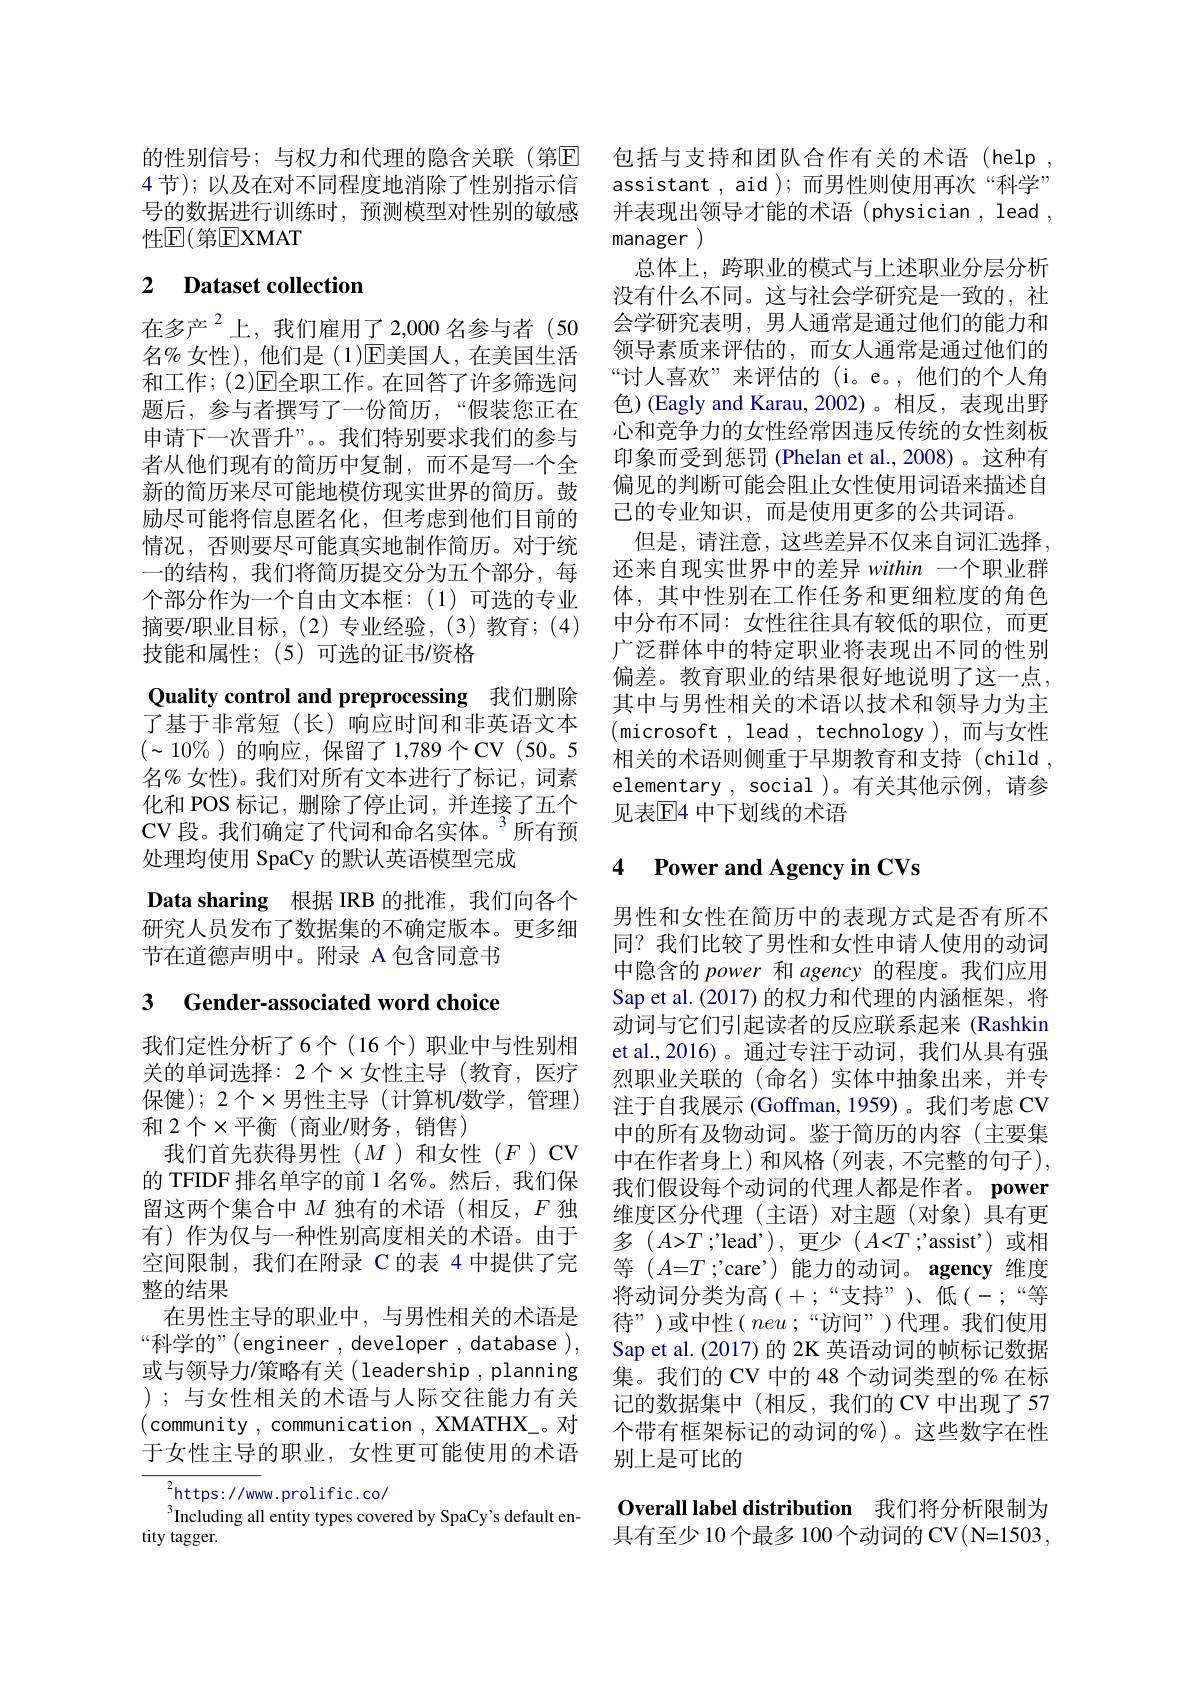
的性别信号；与权力和代理的隐含关联(第$\mathbb{E}$ 包括与支持和团队合作有关的术语(help , 4 节);以及在对不同程度地消除了性别指示信 assistant , aid );而男性则使用再次 “科学” 号的数据进行训练时，预测模型对性别的敏感 并表现出领导才能的术语(physician, lead , 性$\mathbb{E}($第EXMAT

# 2 Dataset collection

在多产$^{2}$上，我们雇用了2，000名参与者(50名% 女性),他们是(1)$\overline{\mathrm{E}}$美国人，在美国生活和工作；(2)E全职工作。在回答了许多筛选问题后，参与者撰写了一份简历，“假装您正在申请下一次晋升”。。我们特别要求我们的参与者从他们现有的简历中复制，而不是写一个全新的简历来尽可能地模仿现实世界的简历。鼓励尽可能将信息匿名化，但考虑到他们目前的情况，否则要尽可能真实地制作简历。对于统一的结构，我们将简历提交分为五个部分，每个部分作为一个自由文本框：(1)可选的专业摘要/职业目标，(2)专业经验，(3)教育；(4) 技能和属性；(5)可选的证书/资格
Quality control and preprocessing 我们删除了基于非常短(长)响应时间和非英语文本$(\sim10\%)$的响应，保留了 1,789个CV(50。5名% 女性)。我们对所有文本进行了标记，词素化和 POS 标记，删除了停止词，并连接了五个CV 段。我们确定了代词和命名实体。”所有预处理均使用 SpaCy 的默认英语模型完成
Data sharing 根据 IRB 的批准，我们向各个研究人员发布了数据集的不确定版本。更多细节在道德声明中。附录 A 包含同意书

# 3 Gender-associated word choice

我们定性分析了6个(16个)职业中与性别相关的单词选择：2 个$\times$女性主导(教育，医疗保健);2个$\times$男性主导(计算机/数学，管理) 和 2个$\times$平衡(商业/财务，销售)
我们首先获得男性($M$)和女性($F$)CV 的 TFIDF 排名单字的前 1 名%。然后，我们保留这两个集合中$M$独有的术语(相反，$F$独有)作为仅与一种性别高度相关的术语。由于空间限制，我们在附录 C 的表 4 中提供了完整的结果
在男性主导的职业中，与男性相关的术语是“科学的”(engineer, developer, database ), 或与领导力$\prime$策略有关(leadership,planning );与女性相关的术语与人际交往能力有关(community , communication , XMATHX\_。对于女性主导的职业，女性更可能使用的术语
$^{2}$https://www.prolific.co/
Including all entity types covered by SpaCy's default en-

tity tagger.

manager )
总体上，跨职业的模式与上述职业分层分析没有什么不同。这与社会学研究是一致的，社会学研究表明，男人通常是通过他们的能力和领导素质来评估的，而女人通常是通过他们的“讨人喜欢”来评估的(i。e。,他们的个人角色)(Eagly and Karau,2002)。相反，表现出野心和竞争力的女性经常因违反传统的女性刻板印象而受到惩罚 (Phelan et al.,2008)。这种有偏见的判断可能会阻止女性使用词语来描述自已的专业知识，而是使用更多的公共词语。
但是，请注意，这些差异不仅来自词汇选择， 还来自现实世界中的差异 within 一个职业群体，其中性别在工作任务和更细粒度的角色中分布不同：女性往往具有较低的职位，而更广泛群体中的特定职业将表现出不同的性别偏差。教育职业的结果很好地说明了这一点， 其中与男性相关的术语以技术和领导力为主(microsoft, lead, technology),而与女性相关的术语则侧重于早期教育和支持(child elementary , social )。有关其他示例，请参见表$\mathbb{E}$4 中下划线的术语

### 4 $\textbf{Power and Agency in CVs}$

男性和女性在简历中的表现方式是否有所不同？我们比较了男性和女性申请人使用的动词中隐含的power和 agency 的程度。我们应用Sap et al. (2017) 的权力和代理的内涵框架，将动词与它们引起读者的反应联系起来 (Rashkin et al.,2016)。通过专注于动词，我们从具有强烈职业关联的(命名)实体中抽象出来，并专注于自我展示 (Goffman,1959)。我们考虑 CV 中的所有及物动词。鉴于简历的内容(主要集中在作者身上)和风格(列表，不完整的句子), 我们假设每个动词的代理人都是作者。power 维度区分代理(主语)对主题(对象)具有更${\text{多 }(A{>}T;\text{'lead'),更少 }(A{<}T;\text{'assist')或相}}$ 等$(A{=}T$ ;'care’)能力的动词。agency 维度将动词分类为高(+;“支持”)、低(-;“等待”)或中性( $neu;“访问”)代理。我们使用$ Sap et al. (2017) 的 2K 英语动词的帧标记数据集。我们的 CV 中的 48 个动词类型的% 在标记的数据集中(相反，我们的 CV 中出现了 57个带有框架标记的动词的%)。这些数字在性别上是可比的

Overall label distribution 我们将分析限制为具有至少 10个最多 100 个动词的 CV(N=1503 ,